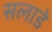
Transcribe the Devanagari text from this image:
सलाडे